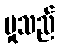
မှုသည်